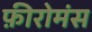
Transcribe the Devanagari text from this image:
फ़ीरोमंस